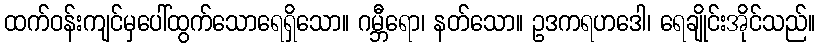
ထက်ဝန်းကျင်မှပေါ်ထွက်သောရေရှိသော။ ဂမ္ဘီရော၊ နတ်သော။ ဥဒကရဟဒေါ၊ ရေချိုင်းအိုင်သည်။